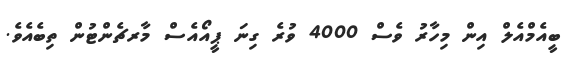
ބީއެމްއެލް އިން މިހާރު ވެސް 4000 ވުރެ ގިނަ ޕީއޯއެސް މާރޗެންޓުން ތިބެއެވެ.